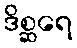
ဒိစ္ဆရေ